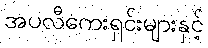
အပလီကေးရှင်းများနှင့်